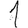
Digit: 1